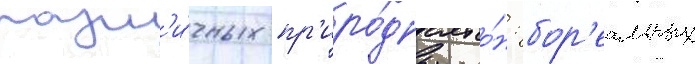
разл'и́чных пр'иро́дных зо́н: бор'еальных